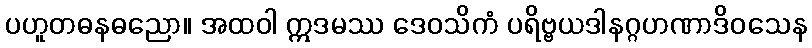
ပဟူတဓနဓညော။ အထဝါ ဣဒမဿ ဒေဝသိကံ ပရိဗ္ဗယဒါနဂ္ဂဟဏာဒိဝသေန